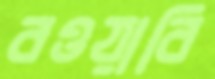
বওয়াবি